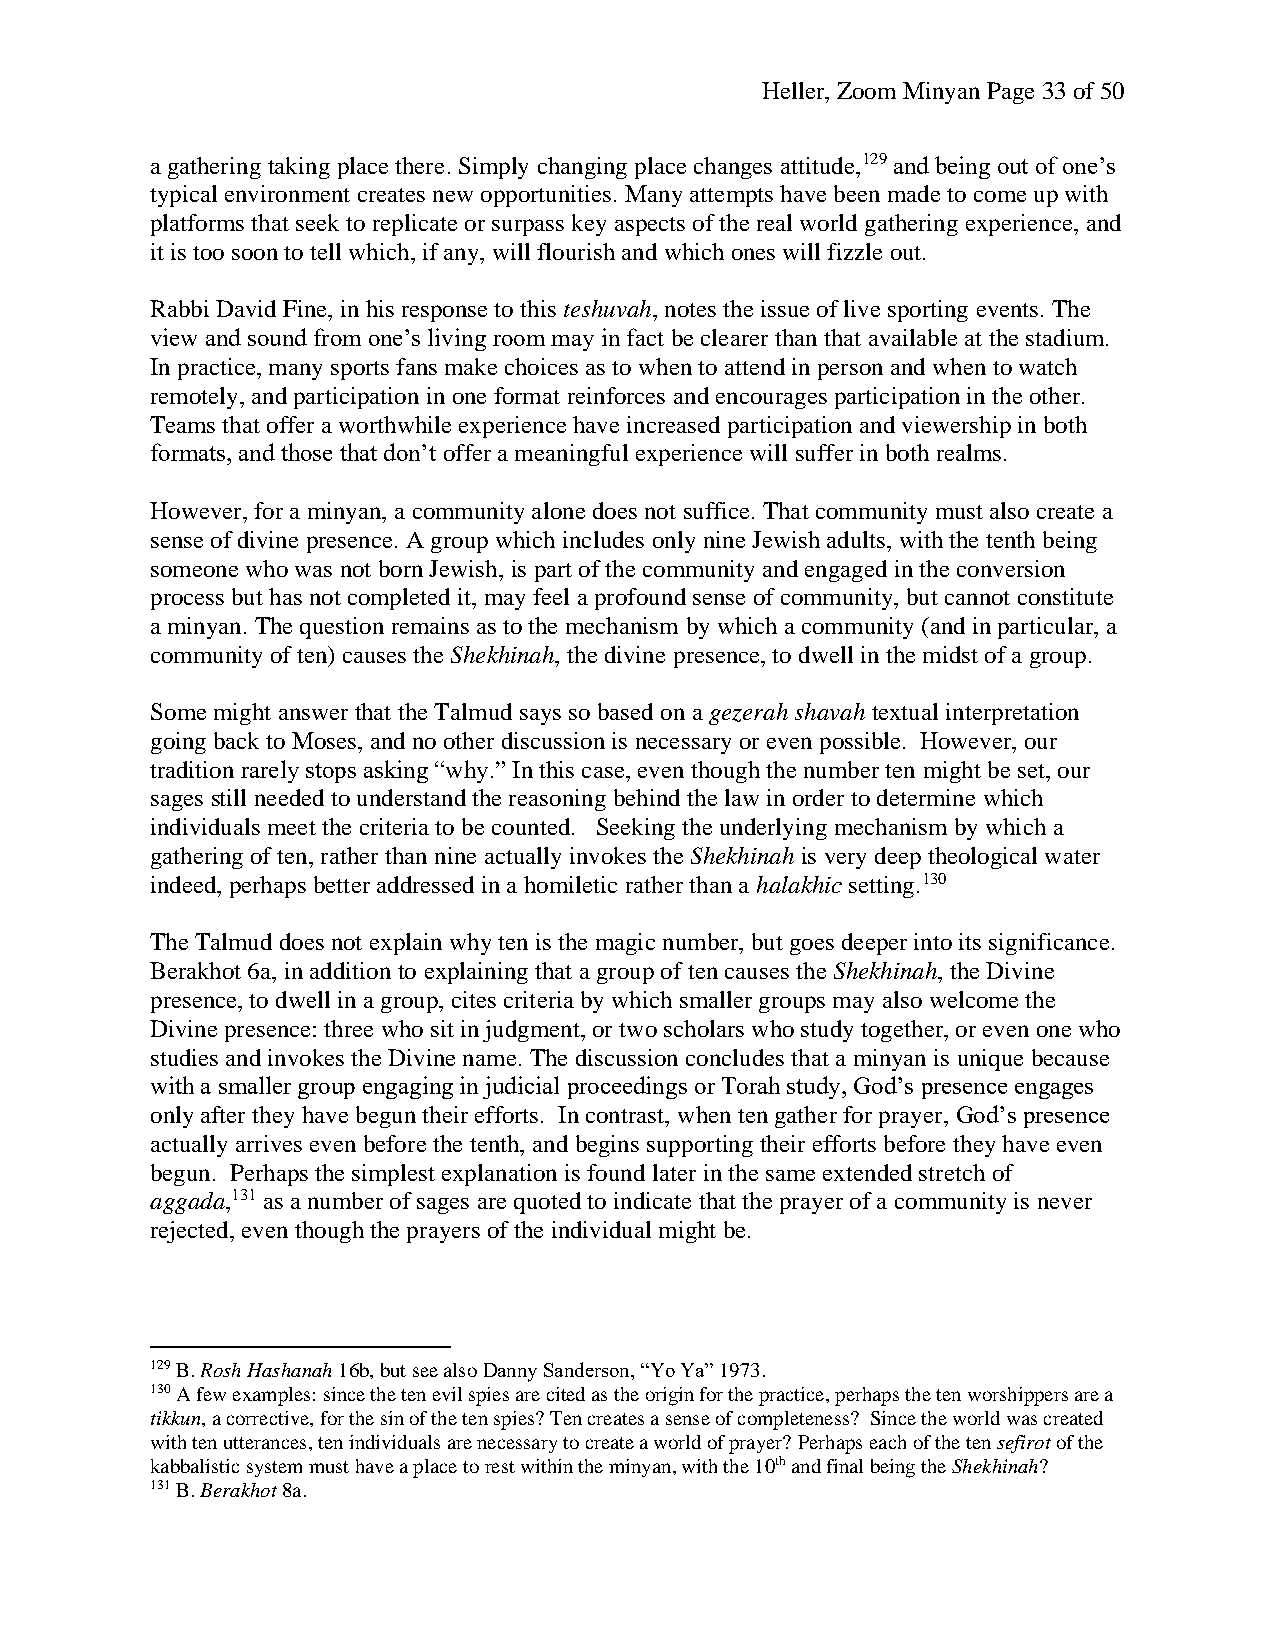
Heller, Zoom Minyan Page 33 of 50
 a gathering taking place there. Simply changing place changes attitude,129 and being out of one’s
 typical environment creates new opportunities. Many attempts have been made to come up with
 platforms that seek to replicate or surpass key aspects of the real world gathering experience, and
 it is too soon to tell which, if any, will flourish and which ones will fizzle out.
 Rabbi David Fine, in his response to this teshuvah, notes the issue of live sporting events. The
 view and sound from one’s living room may in fact be clearer than that available at the stadium.
 In practice, many sports fans make choices as to when to attend in person and when to watch
 remotely, and participation in one format reinforces and encourages participation in the other.
 Teams that offer a worthwhile experience have increased participation and viewership in both
 formats, and those that don’t offer a meaningful experience will suffer in both realms.
 However, for a minyan, a community alone does not suffice. That community must also create a
 sense of divine presence. A group which includes only nine Jewish adults, with the tenth being
 someone who was not born Jewish, is part of the community and engaged in the conversion
 process but has not completed it, may feel a profound sense of community, but cannot constitute
 a minyan. The question remains as to the mechanism by which a community (and in particular, a
 community of ten) causes the Shekhinah, the divine presence, to dwell in the midst of a group.
 Some might answer that the Talmud says so based on a gezerah shavah textual interpretation
 going back to Moses, and no other discussion is necessary or even possible. However, our
 tradition rarely stops asking “why.” In this case, even though the number ten might be set, our
 sages still needed to understand the reasoning behind the law in order to determine which
 individuals meet the criteria to be counted. Seeking the underlying mechanism by which a
 gathering of ten, rather than nine actually invokes the Shekhinah is very deep theological water
 indeed, perhaps better addressed in a homiletic rather than a halakhic setting.130
 The Talmud does not explain why ten is the magic number, but goes deeper into its significance.
 Berakhot 6a, in addition to explaining that a group of ten causes the Shekhinah, the Divine
 presence, to dwell in a group, cites criteria by which smaller groups may also welcome the
 Divine presence: three who sit in judgment, or two scholars who study together, or even one who
 studies and invokes the Divine name. The discussion concludes that a minyan is unique because
 with a smaller group engaging in judicial proceedings or Torah study, God’s presence engages
 only after they have begun their efforts. In contrast, when ten gather for prayer, God’s presence
 actually arrives even before the tenth, and begins supporting their efforts before they have even
 begun. Perhaps the simplest explanation is found later in the same extended stretch of
 aggada,131 as a number of sages are quoted to indicate that the prayer of a community is never
 rejected, even though the prayers of the individual might be.
 129 B. Rosh Hashanah 16b, but see also Danny Sanderson, “Yo Ya” 1973.
 130 A few examples: since the ten evil spies are cited as the origin for the practice, perhaps the ten worshippers are a
 tikkun, a corrective, for the sin of the ten spies? Ten creates a sense of completeness? Since the world was created
 with ten utterances, ten individuals are necessary to create a world of prayer? Perhaps each of the ten sefirot of the
 kabbalistic system must have a place to rest within the minyan, with the 10th and final being the Shekhinah?
 131 B. Berakhot 8a.